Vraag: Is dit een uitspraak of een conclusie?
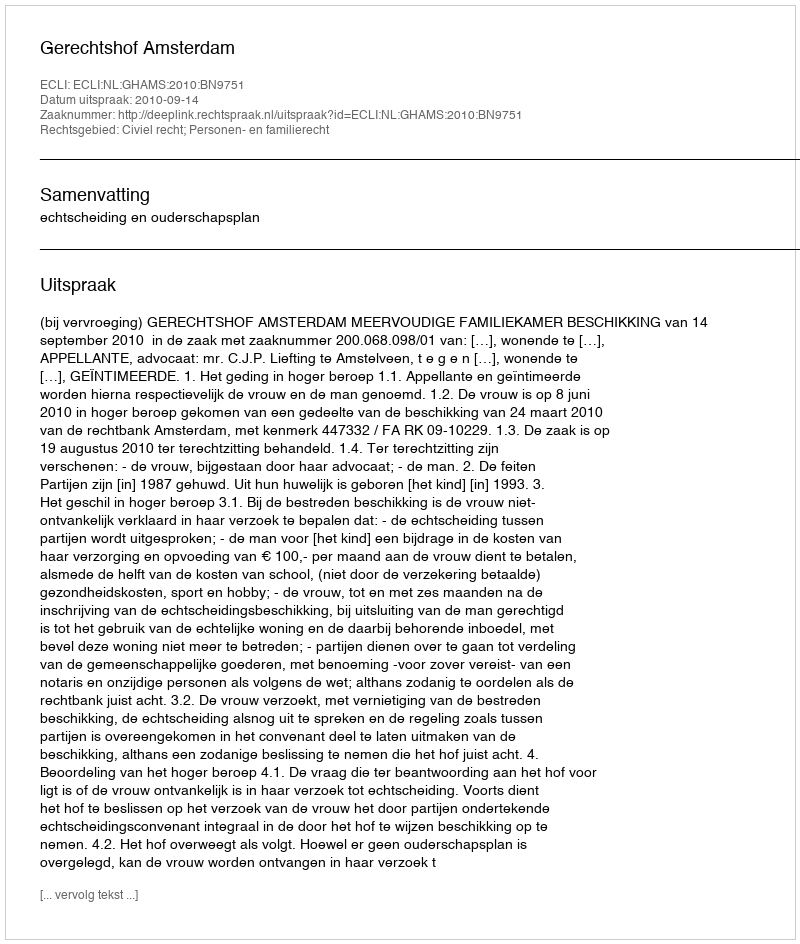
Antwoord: Uitspraak